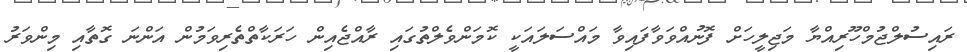
ރައިސުލްޖުމްހޫރިއްޔާ މަޖިލީހަށް ފޮނުއްވަވާފައިވާ މައްސަލައަކީ ކޮމަންވެލްތުގައި ރާއްޖެއިން ހަރަކާތްތެރިވަމުން އަންނަ ގޮތާއި މިންވަރު